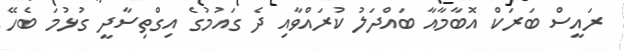
ރައީސް ބަރަކް އޮބާމާއާ ބައްދަލު ކުރައްވާއި ދެ ގައުމުގެ އިގްތިސާދީ ގުޅުމަ ބެހޭ